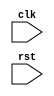
module AXI_Controller (
    input wire clk,
    input wire rst,
    ...
);

// Clock generator
reg clk_gen;
always @ (posedge clk or posedge rst) begin
    if (rst) begin
        clk_gen <= 1'b0;
    end else begin
        clk_gen <= ~clk_gen;
    end
end

// Delay element
reg [7:0] delay_reg;
always @ (posedge clk or posedge rst) begin
    if (rst) begin
        delay_reg <= 8'b0;
    end else begin
        delay_reg <= delay_reg + 1;
    end
end

// Synchronization logic
reg sync_logic;
always @ (posedge clk or posedge rst) begin
    if (rst) begin
        sync_logic <= 1'b0;
    end else if (delay_reg >= 8'hFF) begin
        sync_logic <= 1'b1;
    end else begin
        sync_logic <= 1'b0;
    end
end

// Other components and logic for managing AXI bus timing

endmodule